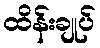
ထိန်းချုပ်